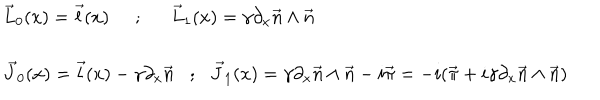
\begin{array} { l l } { { \vec { L } _ { 0 } ( x ) = \vec { l } ( x ) \; \; { ; } \vec { L } _ { 1 } ( x ) = \gamma \partial _ { x } \vec { n } \wedge \vec { n } } } \\ { { \vec { J } _ { 0 } ( x ) = \vec { l } ( x ) - \gamma \partial _ { x } \vec { n } { ; } \vec { J } _ { 1 } ( x ) = \gamma \partial _ { x } \vec { n } \wedge \vec { n } - i \vec { \pi } = - i ( \vec { \pi } + i \gamma \partial _ { x } \vec { n } \wedge \vec { n } ) } } \\ \end{array}